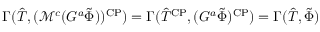
\Gamma ( \hat { T } , ( \mathcal { M } ^ { c } ( G ^ { a } \tilde { \Phi } ) ) ^ { \mathrm { C P } } ) = \Gamma ( \hat { T } ^ { \mathrm { C P } } , ( G ^ { a } \tilde { \Phi } ) ^ { \mathrm { C P } } ) = \Gamma ( \hat { T } , \tilde { \Phi } )